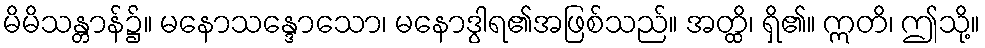
မိမိသန္တာန်၌။ မနောသန္ဒောသော၊ မနောဒွါရ၏အဖြစ်သည်။ အတ္ထိ၊ ရှိ၏။ ဣတိ၊ ဤသို့။